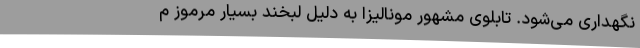
نگهداری می‌شود. تابلوی مشهور مونالیزا به دلیل لبخند بسیار مرموز م